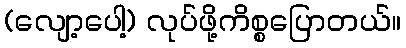
(လျော့ပေါ့) လုပ်ဖို့ကိစ္စပြောတယ်။